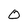
Character: O